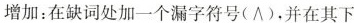
增加:在缺词处加一个漏字符号(∧),并在其下